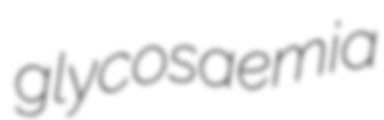
glycosaemia